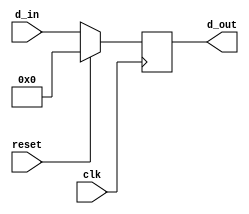
module reg32 (clk, reset, d_in, d_out);

input clk, reset;
input [31:0] d_in;
output [31:0] d_out;
reg [31:0]	d_out;

always @(posedge clk)
	begin
		if (reset) d_out <= 0;
		else d_out <= d_in;
	end
endmodule


module testreg32();

reg clk, reset;
reg	[31:0]	d_in;
wire [31:0] d_out;
reg32 r(clk, reset, d_in, d_out);

initial begin
		clk = 0;
		reset = 0;
		d_in = 32'hffffffff;
	end
always
	begin	
		#100 clk = ~clk;
	end
	

endmodule